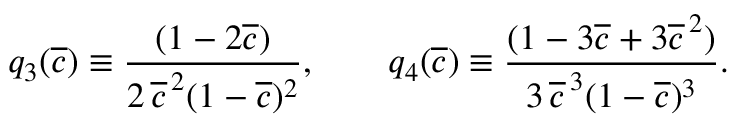
\begin{array} { c c c } { \displaystyle { q _ { 3 } ( \overline { { c } } ) \equiv \frac { ( 1 - 2 \overline { { c } } ) } { 2 \, \overline { { c } } ^ { \, 2 } ( 1 - \overline { { c } } ) ^ { 2 } } , \qquad q _ { 4 } ( \overline { { c } } ) \equiv \frac { ( 1 - 3 \overline { { c } } + 3 \overline { { c } } ^ { \, 2 } ) } { 3 \, \overline { { c } } ^ { \, 3 } ( 1 - \overline { { c } } ) ^ { 3 } } . } } \end{array}